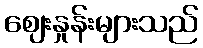
ဈေးနှုန်းများသည်